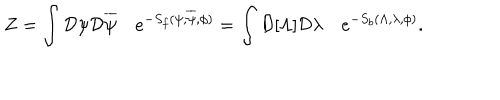
Z = \int { \cal D } \psi { \cal D } \overline { { \psi } } \quad e ^ { - S _ { f } ( \psi , \overline { { \psi } } , \phi ) } = \int { \cal D } [ \Lambda ] { \cal D } \lambda \quad e ^ { - S _ { b } ( \Lambda , \lambda , \phi ) } .